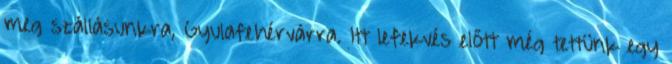
meg szállásunkra, Gyulafehérvárra. Itt lefekvés előtt még tettünk egy